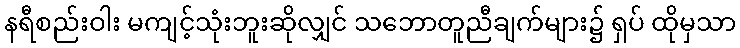
နရီစည်းဝါး မကျင့်သုံးဘူးဆိုလျှင် သဘောတူညီချက်များ၌ ရှပ် ထိုမှသာ